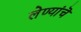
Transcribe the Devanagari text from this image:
लेण्यांचॆ